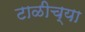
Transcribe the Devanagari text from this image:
टाळीच्या